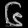
Digit: ၆